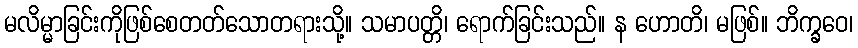
မလိမ္မာခြင်းကိုဖြစ်စေတတ်သောတရားသို့။ သမာပတ္တိ၊ ရောက်ခြင်းသည်။ န ဟောတိ၊ မဖြစ်။ ဘိက္ခဝေ၊